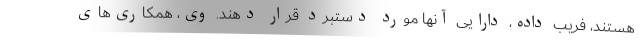
هستند، فریب داده، دارایی آنها مورد دستبرد قرار دهند. وی، همکاری‌های